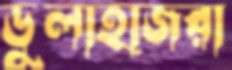
ডুলাহাজরা